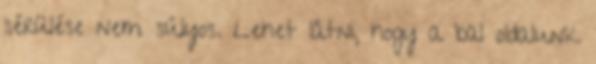
sérülése nem súlyos. Lehet látni, hogy a bal oldalunk